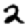
Digit: 2